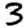
Digit: 3